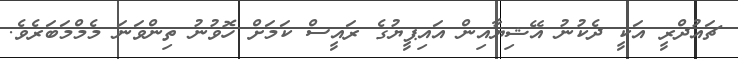
ޗައުދްރީ އަކީ ދެކުނު އޭޝިޔާއިން އައިޕީޔުގެ ރައީސް ކަމަށް ހޮވުނު ތިންވަނަ މެމްމަބަރެވެ.